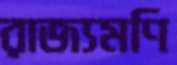
রাজ্যমণি